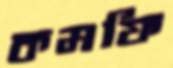
কমফি